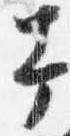
幸